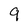
Character: 9